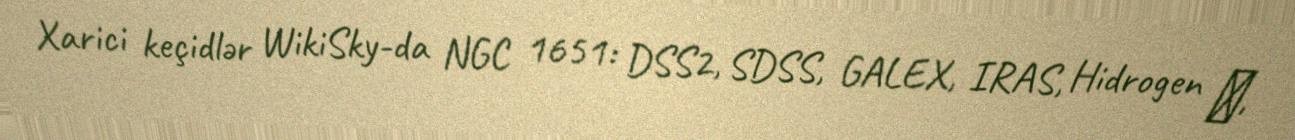
Xarici keçidlər WikiSky-da NGC 1651: DSS2, SDSS, GALEX, IRAS, Hidrogen α,